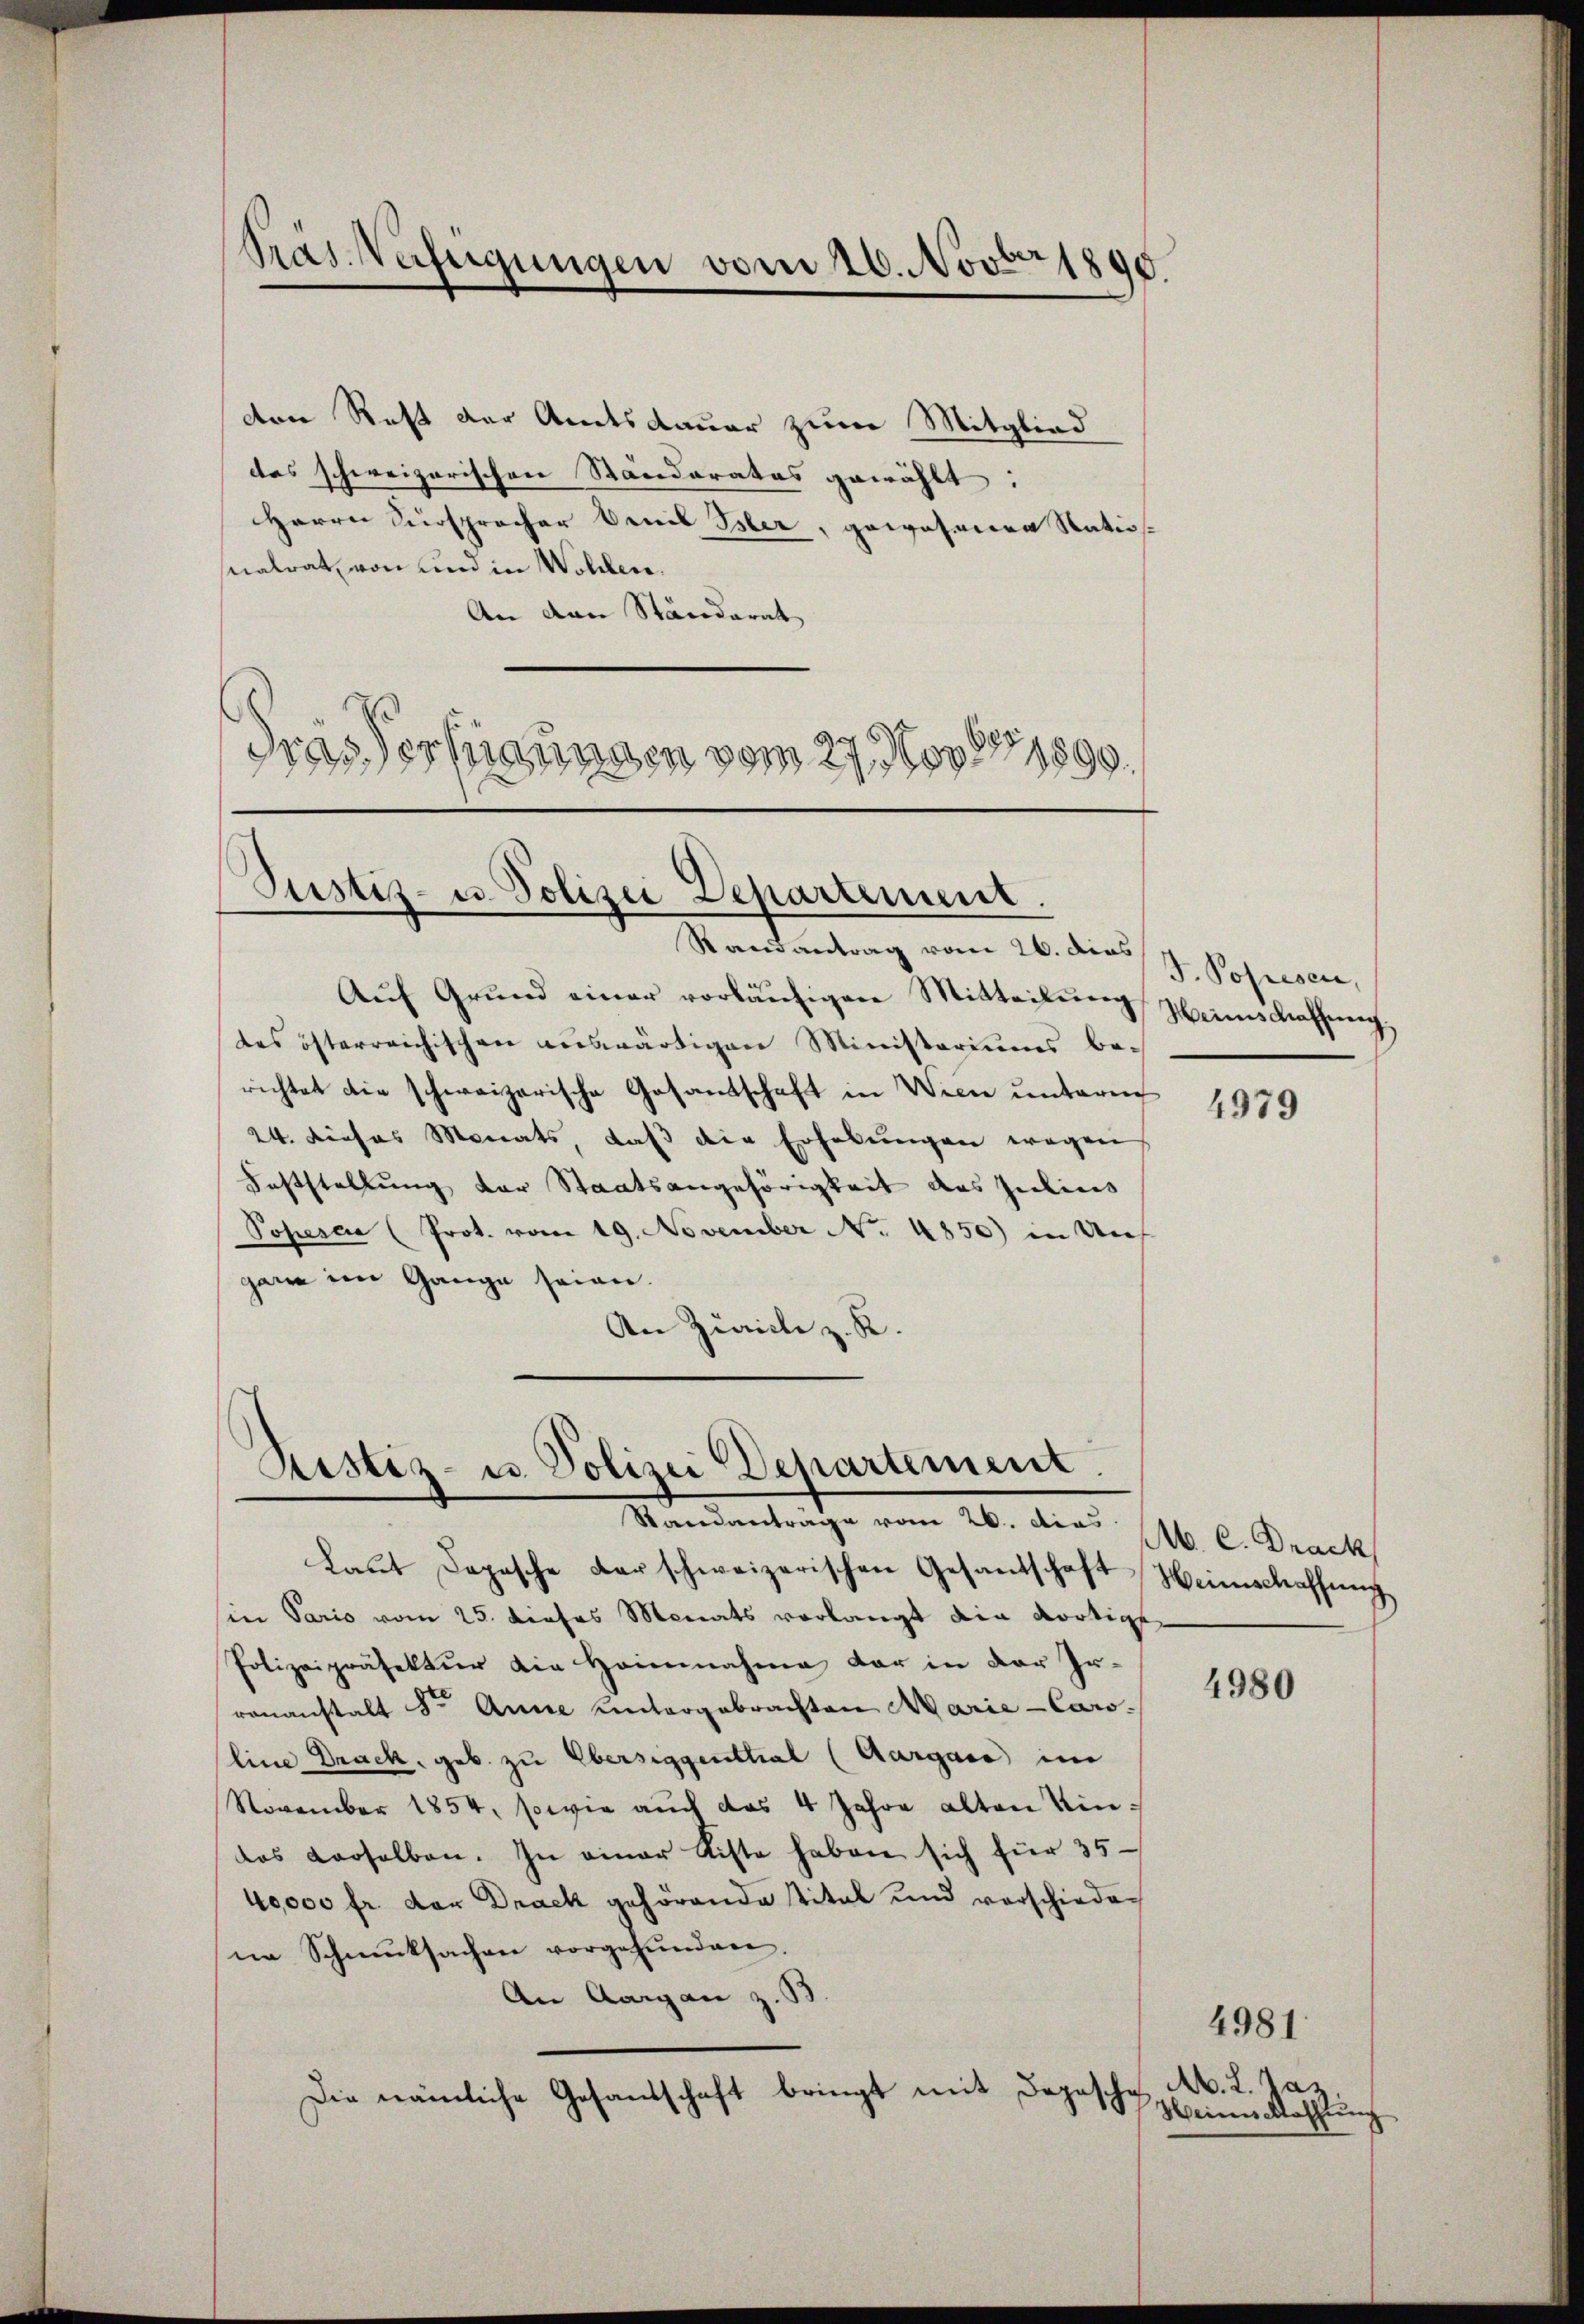
von Rest der Amtsdauer zum Mitglied
das schweizerischen Ständeratus gewählt:
Herrn Fürsprocher den Bler, gewesenen Statio
snalrat von und in Wohlen.
An den Ständerat
dras Verfügungen vom 27. Nov. 1890.

Pras. Verfügungen vom 26. Novbr 1890.

Pustiz- u. Polizei Departement.
Randantrag vom 26. dies

Aŭf Grŭnd einer vorläŭfigen Mitteilŭng
des österreichischen auswärtigen Ministoriums be-
richtet die schweizerische Gosantschaft in Wien unterm
24. dieses Monats, daß die Erhebungen wegen
Feststellung der Staatsangehörigkeit des Julius
Popesca (Prot. vom 19. November No. 4850) in Un
gane im Gange seien.
An Zürich z. R.

Ristiz- u. Polizei Departement
Standantrage vom 26. dies

Laŭt Dopische darschweizerischen Gesandschaft
in Paris vom 25. Profes Monats vorlangt ain dortige
Polizeipräsektur die Heinnahme der in der In-
rananstalt Dr. Anne untergebrachten Marie-Caro-
line Drack, geb. zu Obersiggenthal (Aargare, im
November 1854, sowie auch das 4 Jahre alten eindas verselben. In einer Kiste haben sich für 35
40,000 fr. der Drack gehörende Titel und vorschiedene Schmucksachen vorgefunden.
An Aargau z. B
Die nämliche Gesandschaft bringt mit Depesche

J. Popesen,
Heinistrathung

4979

Ab. C. Drack
Heimschaffung

4980

A. L. Jaz
ieallastung

4981